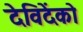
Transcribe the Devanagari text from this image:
देविदेंको